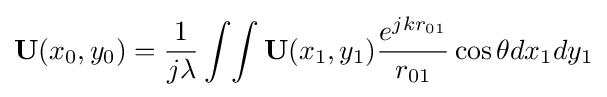
\mathbf {U} (x_{0},y_{0})={\frac {1}{j\lambda }}\int \!\int \mathbf {U} (x_{1},y_{1}){\frac {e^{jkr_{01}}}{r_{01}}}\cos \theta dx_{1}dy_{1}